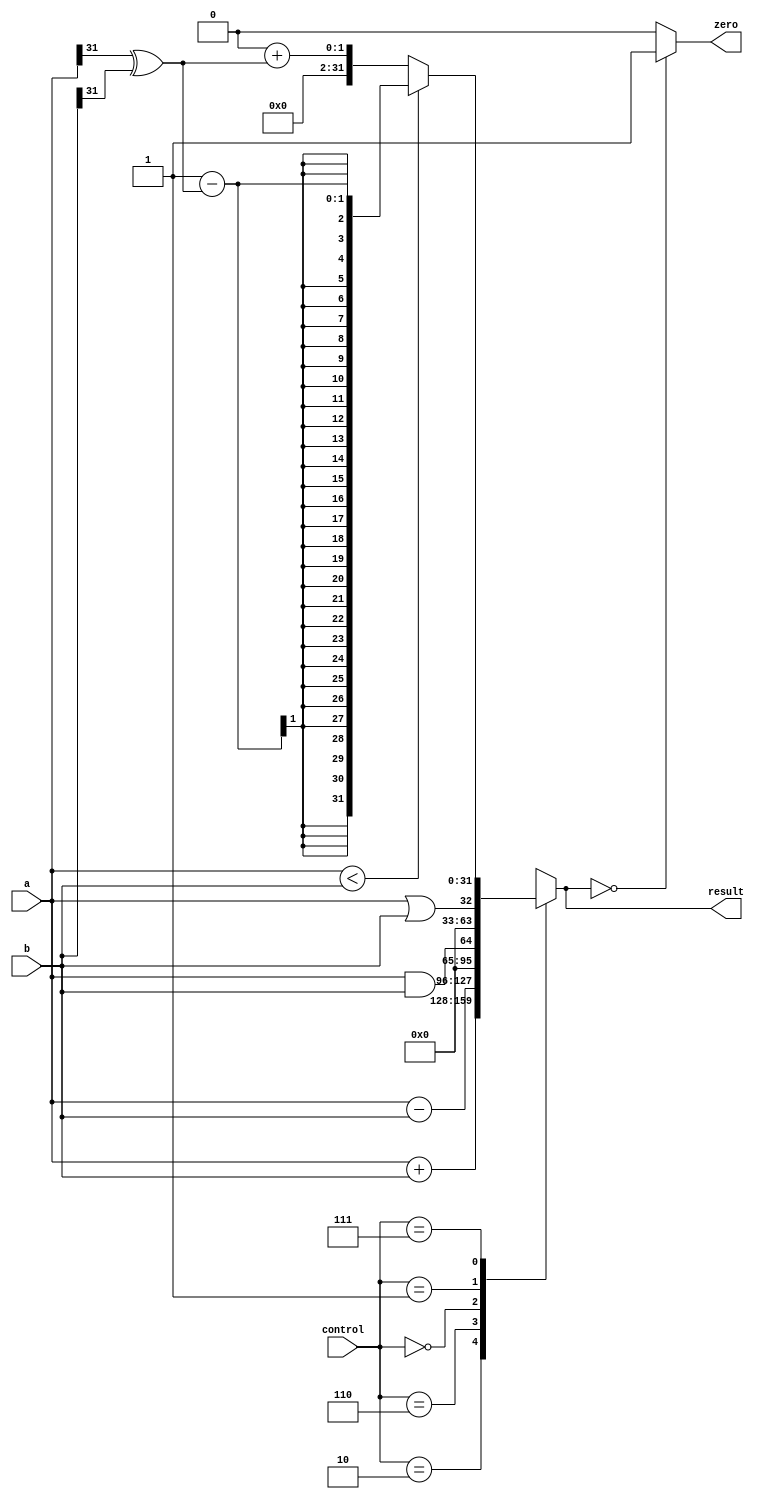
/* alu.v */
module alu(
    input	wire	[31:0]	a,
    input	wire	[31:0]	b,
    input	wire	[2:0]		control,
    output	reg	[31:0]	result,
    output	wire				zero
    );

	parameter	ALUadd		=	3'b010, // Get these values from
					ALUsub		=	3'b110, // Figure 3.2 in Lab Manual
					ALUand		=	3'b000,
					ALUor			=	3'b001,
					ALUslt		=	3'b111;
					
					
// Handles negative inputs
	wire sign_mismatch;
	assign sign_mismatch = a[31] ^ b[31]; 
	
	initial
		result <= 0;
	
	always@*
		case(control)
			ALUadd:			result = a + b;
			ALUsub:			result = a - b;
			ALUand:			result = a && b;
			ALUor:			result = a || b;
			ALUslt:			result = a < b	? 1 - sign_mismatch : 0 + sign_mismatch;			
			default:			result = 32'bX;
		endcase
		
		assign zero = (result==0) ? 1'b1 : 1'b0;
		/* If result is 0, assign it true (1).
		Otherwise, assign it false (0) */	
endmodule // alu